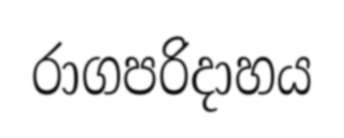
රාගපරිදාහය